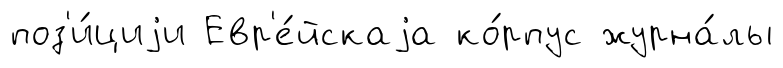
поз'и́циjи Евр'е́йскаjа ко́рпус журна́лы